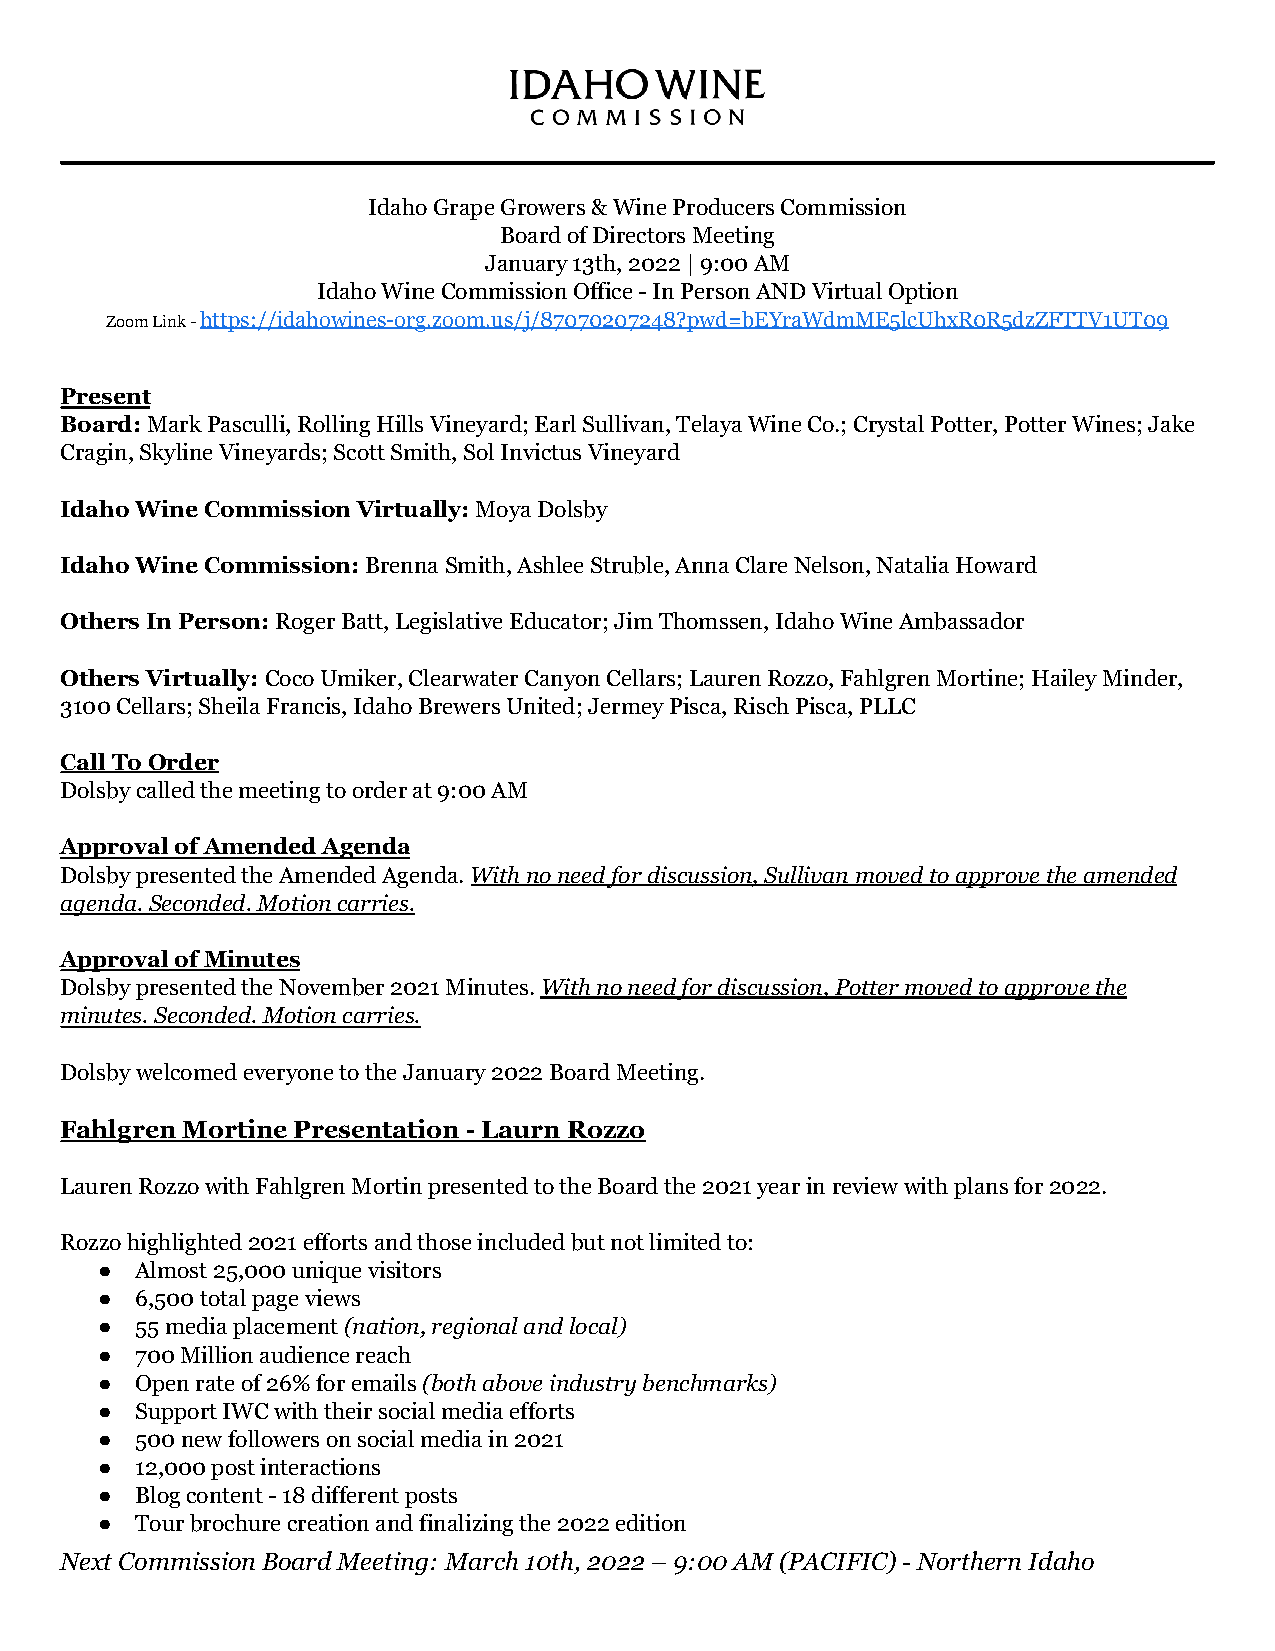
Idaho Grape Growers & Wine Producers Commission
 Board of Directors Meeting
 January 13th, 2022 | 9:00 AM
 Idaho Wine Commission Office - In Person AND Virtual Option
 Zoom Link -https://idahowines-org.zoom.us/j/87070207248?pwd=bEYraWdmME5lcUhxR0R5dzZFTTV1UT09
 Present
 Board:Mark Pasculli, Rolling Hills Vineyard; EarlSullivan, Telaya Wine Co.; Crystal Potter, Potter Wines; Jake
 Cragin, Skyline Vineyards; Scott Smith, Sol Invictus Vineyard
 Idaho Wine Commission Virtually:Moya Dolsby
 Idaho Wine Commission:Brenna Smith, Ashlee Struble,Anna Clare Nelson, Natalia Howard
 Others In Person:Roger Batt, Legislative Educator;Jim Thomssen, Idaho Wine Ambassador
 Others Virtually:Coco Umiker, Clearwater Canyon Cellars;Lauren Rozzo, Fahlgren Mortine; Hailey Minder,
 3100 Cellars; Sheila Francis, Idaho Brewers United; Jermey Pisca, Risch Pisca, PLLC
 Call To Order
 Dolsby called the meeting to order at 9:00 AM
 Approval of Amended Agenda
 Dolsby presented the Amended Agenda.With no needfor discussion, Sullivan moved to approve the amended
 agenda. Seconded. Motion carries.
 Approval of Minutes
 Dolsby presented the November 2021 Minutes.With noneed for discussion, Potter moved to approve the
 minutes. Seconded. Motion carries.
 Dolsby welcomed everyone to the January 2022 Board Meeting.
 Fahlgren Mortine Presentation - Laurn Rozzo
 Lauren Rozzo with Fahlgren Mortin presented to the Board the 2021 year in review with plans for 2022.
 Rozzo highlighted 2021 efforts and those included but not limited to:
 ●  Almost 25,000 unique visitors
 ●  6,500 total page views
 ●  55 media placement(nation, regional and local)
 ●  700 Million audience reach
 ●  Open rate of 26% for emails(both above industry benchmarks)
 ●  Support IWC with their social media efforts
 ●  500 new followers on social media in 2021
 ●  12,000 post interactions
 ●  Blog content - 18 different posts
 ●  Tour brochure creation and finalizing the 2022 edition
 Next Commission Board Meeting: March 10th, 2022 – 9:00 AM (PACIFIC) - Northern Idaho